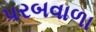
પરબવાળા